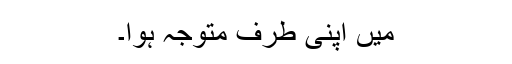
میں اپنی طرف متوجہ ہوا۔